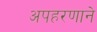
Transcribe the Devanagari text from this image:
अपहरणाने